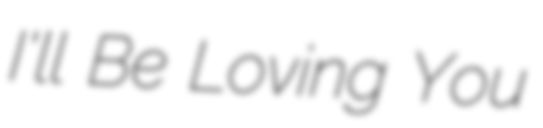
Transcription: I'll Be Loving You